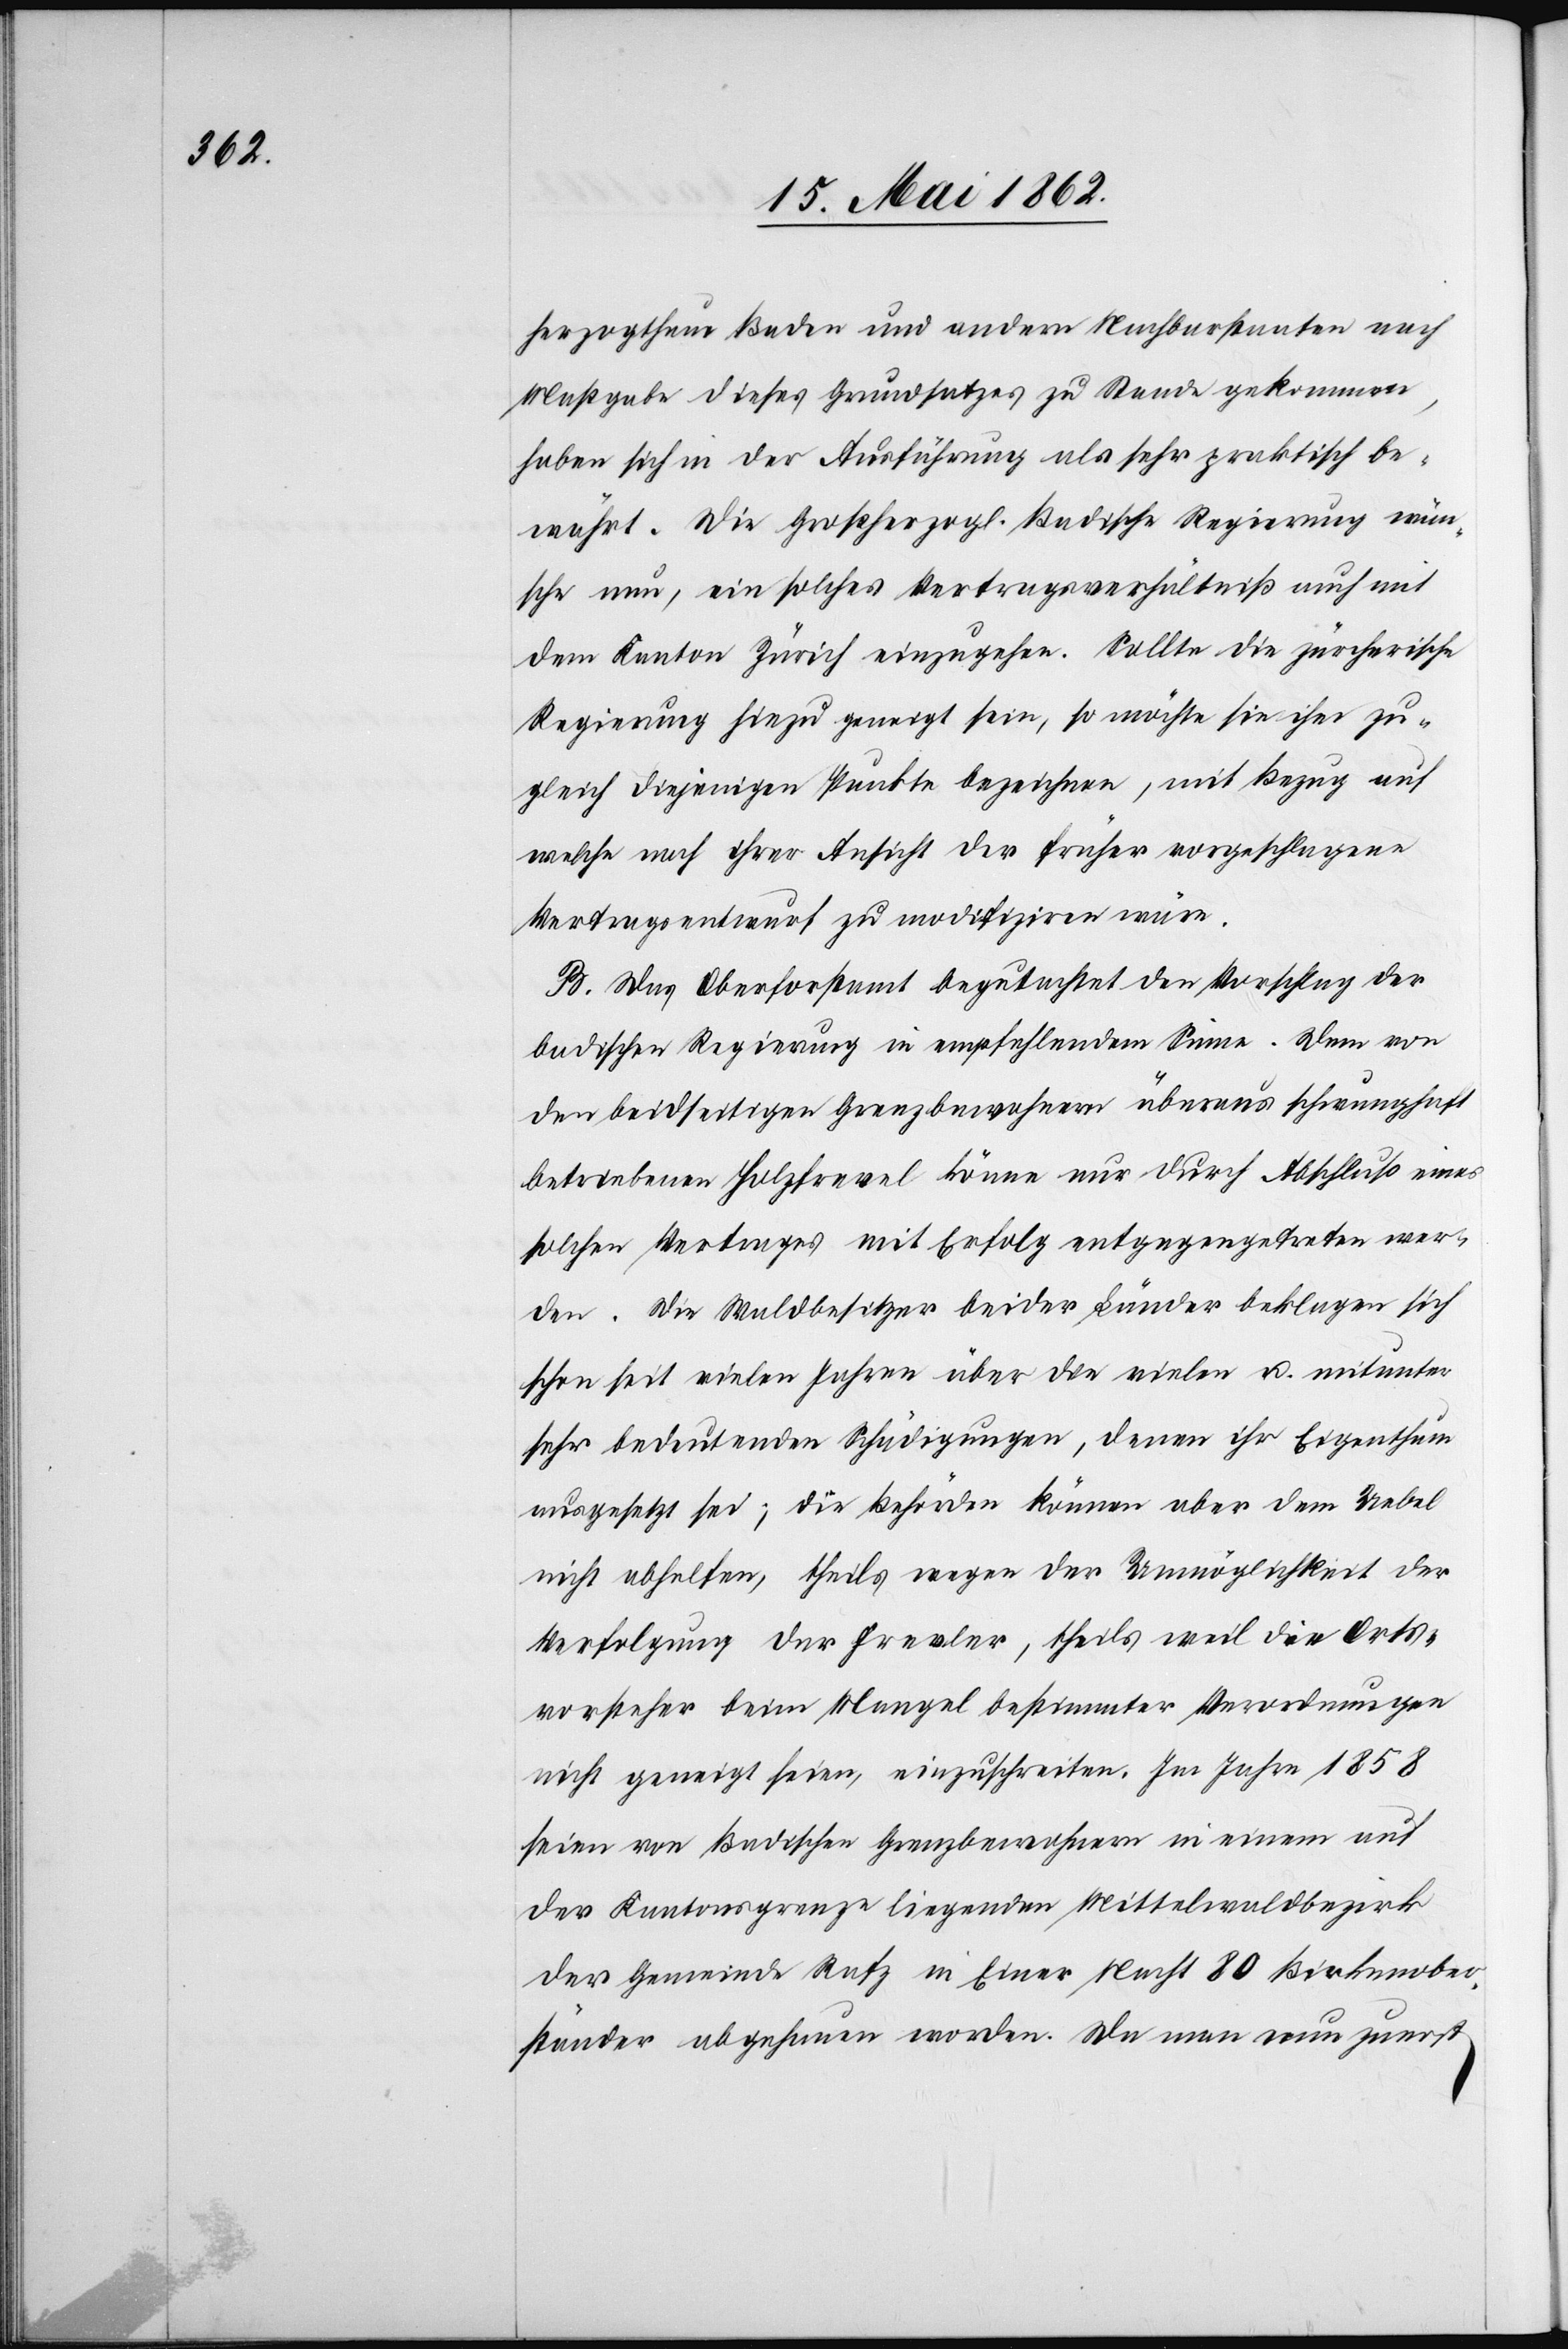
herzogthum Baden und andern Nachbarstaaten nach
Maßgabe dieses Grundsatzes zu Stande gekommen,
haben sich in der Ausführung als sehr praktisch be¬
währt. Die Großherzogl. Badische Regierung wün¬
sche nun, ein solches Vertragsverhältniß auch mit
dem Kanton Zürich einzugehen. Sollte die zürcherische
Regierung hiezu geneigt sein, so möchte es ihm zu¬
gleich diejenigen Punkte bezeichnen, mit Bezug auf
welche nach ihrer Ansicht der früher vorgeschlagene
Vertragsentwurf zu modifiziren wäre.
B. Das Oberforstamt begutachtet den Vorschlag der
badischen Regierung in empfehlendem Sinne. Dem von
den beidseitigen Grenzbewohnern überaus schwunghaft
betriebenen Holzfrevel könne nur durch Abschluß eines
solchen Vertrages mit Erfolg entgegengetreten wer¬
den. Die Waldbesitzer beider Länder beklagen sich
schon seit vielen Jahren über den vielen u. mitunter
sehr bedeutenden Schädigungen, denen ihr Eigenthum
ausgesetzt sei; die Behörden können aber dem Uebel
nicht abhelfen, theils wegen der Unmöglichkeit der
Verfolgung der Frevler, theils weil die Orts¬
verkehrer beim Mangel bestimmter Verordnungen
nicht geneigt seien, einzuschreiten. Im Jahre 1858
seien von Badischen Grenzbewohnern in einem auf
der Kantonsgrenze liegenden Mittelwaldbezirk
der Gemeinde Rafz in Einer Nacht 80 Birkenober¬
ständer abgehauen worden. Da man nun zuerst